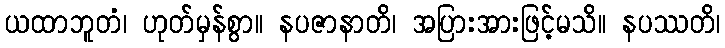
ယထာဘူတံ၊ ဟုတ်မှန်စွာ။ နပဇာနာတိ၊ အပြားအားဖြင့်မသိ။ နပဿတိ၊